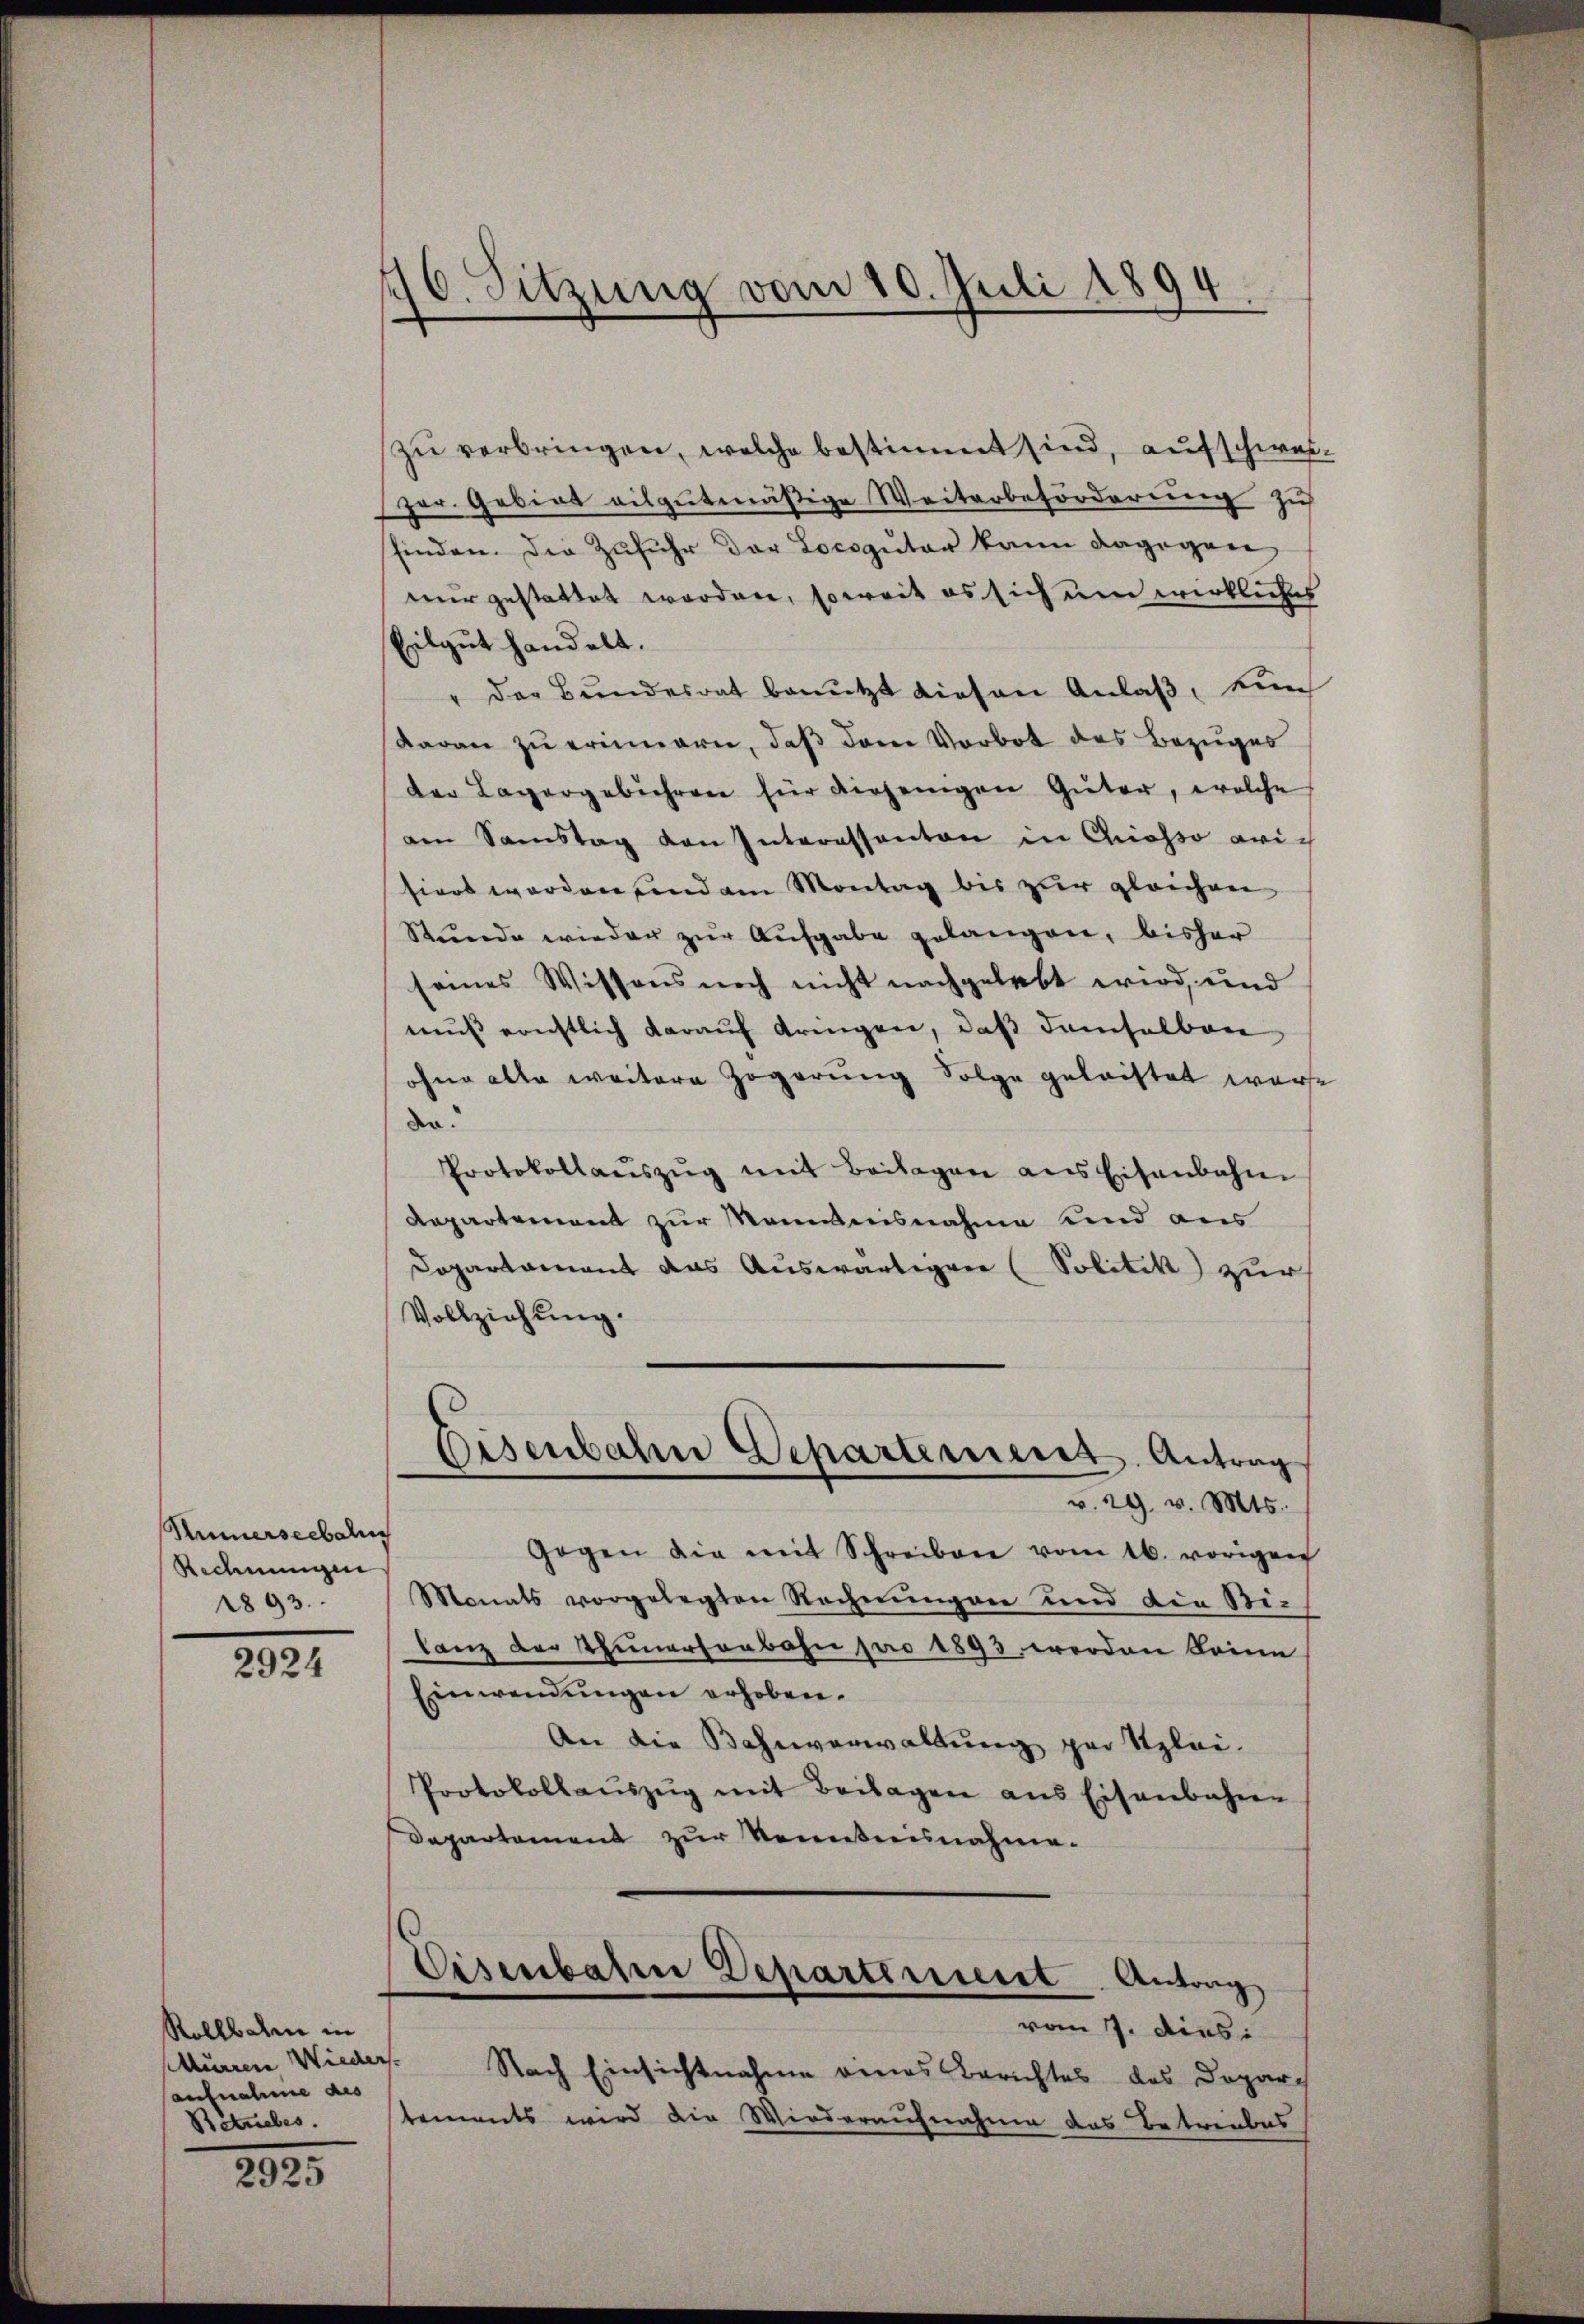
Himerseebalin
Rechnungen
1893.

2924

Rollbahn in
Murrer Wieder
Aufnahme aus
Retriebes.

2925

176. Sitzung vom 10. Juli 1894.

zu verbringen, welche bestimmt sind, aufschweper. Gebiet vilgutmäßige Weiterbeförderung zu
finden. Die Zufuhr der Locoguter kann dagegen
nur gestattet worden, soweit es sich um wirkliches
Eilgut handelt.
" der Bundesrat benutzt diesen Anlaß, durch
daran zu erinnern, daß dann Vorbot des Bezuges
der Lagergebühren für diejenigen Güter, welche
am Samstag von Interessanton in Cosso rich
siert worden sind am Montag bis zur gleichen
Stunde wieder zŭr Aŭsgabe gelangen, bisher
seines Wissens noch nicht nachgelebt wird, und
mus ernstlich darauf bringen, daß demselben
ohne alle weitere Zögerung Folge geleistet werde
de.
Protokollaŭszŭg mit Beilagen ans Eisenbahn
Departement zur Mannisnahme und aus
Dopartement das Auswärtigen (Solitik zur
Vollziehung.
Eisenbahn Departerieres Antrag
v. 29. v. Mts.
Gegen die mit Schreiben vom 16. vorigen
Monats vorgelegten Rechnungen und die Bilanz der Thunersenbahn pro 1893 werden keine
Einwendungen erhoben.
An die Bahnverwaltung par Stylei¬
Protokollaŭszŭg mit Beilagen aus Eisenbahnen
Departament zur Kenntnisnahme.
Eisenbahre Departement Antrag
vom 7. dies
. Nach Einsichtnahme eines Berichtes des Depar
tements wird die Wiederaufnahme das Betreubes